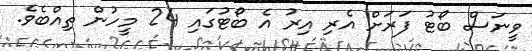
ވީނަސް ބޯޓު ފަރަށް އެރި އިރު އެ ބޯޓުގައި 24 މީހުން ތިއްބެވެ.